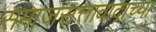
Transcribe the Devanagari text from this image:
समाजसत्तावादाच्या